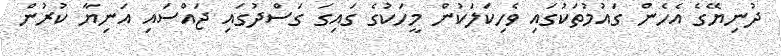
ދުނިޔޭގެ އެހެން ގައުމުތަކުގައި ވެހިކަލަކުން މީހަކުގެ ގައިގަ ގަސްދުގައި ޖައްސައި އަނިޔާ ކުރުން